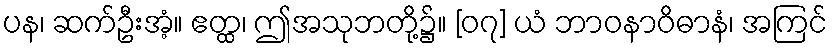
ပန၊ ဆက်ဦးအံ့။ ဧတ္ထ၊ ဤအသုဘတို့၌။ [၀၇] ယံ ဘာဝနာဝိဓာနံ၊ အကြင်